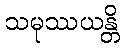
သမုဿယန္တိ